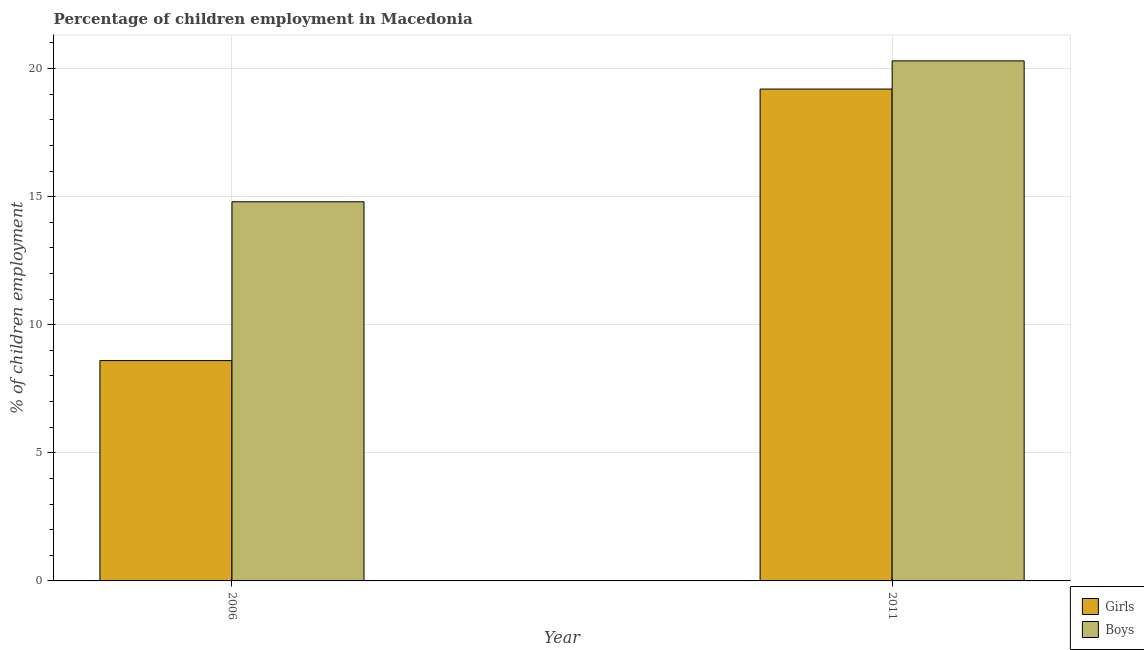
| Year | Girls | Boys |
 | --- | --- | --- |
 | 2006 | 8.6 | 14.8 |
 | 2011 | 19.2 | 20.3 |